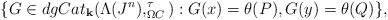
LaTeX: \begin{align*} \{ G \in dgCat_{\mathbf{k} } ( \Lambda( J^n ), ^{\tau}_{\Omega C} ) : G(x) = \theta(P), G(y)= \theta(Q) \},\end{align*}